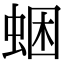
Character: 𧋕